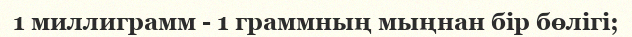
1 миллиграмм - 1 граммның мыңнан бір бөлігі;